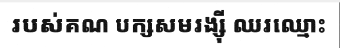
របស់គណ បក្សសមរង្ស៊ី ឈរឈ្មោះ